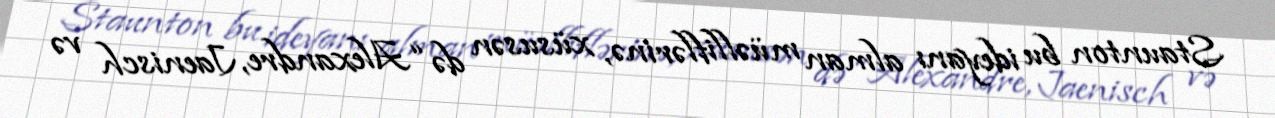
Staunton bu ideyanı alman müəlliflərinə, xüsusən də “Alexandre, Jaenisch və